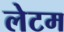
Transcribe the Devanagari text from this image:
लेटम